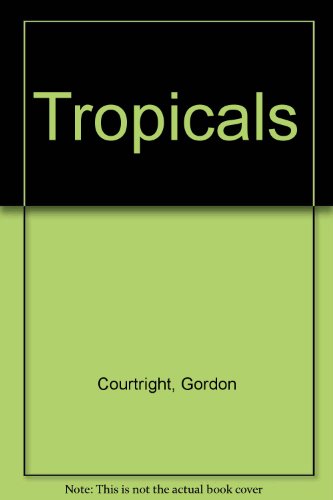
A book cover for Tropicals; Gordon Courtright; Science & Math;